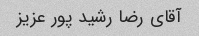
آقای رضا رشید پور عزیز